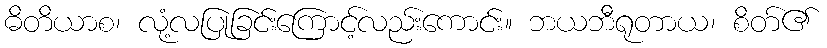
ဓိတိယာစ၊ လုံ့လပြုခြင်းကြောင့်လည်းကောင်း။ ဘယဘီရုတာယ၊ စိတ်၏